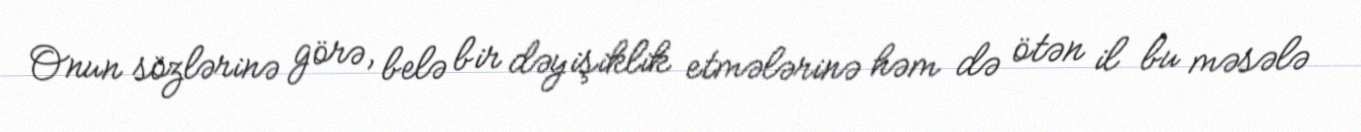
Onun sözlərinə görə, belə bir dəyişiklik etmələrinə həm də ötən il bu məsələ